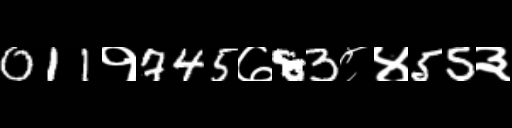
Text: 011१745७83८४55३